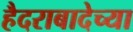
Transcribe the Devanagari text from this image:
हैदराबादेच्या